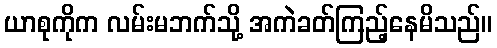
ယာစုကိုက လမ်းမဘက်သို့ အကဲခတ်ကြည့်နေမိသည်။